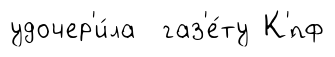
удочер'и́ла газ'е́ту К'́пф